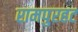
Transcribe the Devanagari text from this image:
रामपुरहट